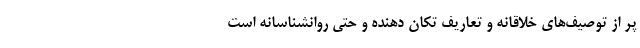
پر از توصیف‌های خلاقانه و تعاریف تکان دهنده و حتی روانشناسانه است